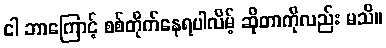
ငါ ဘာကြောင့် စစ်တိုက်နေရပါလိမ့် ဆိုတာကိုလည်း မသိ။